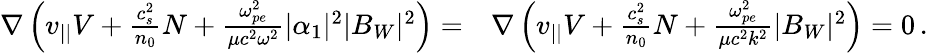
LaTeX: \begin{array}{rl}{\nabla\left(v_{||}V+\frac{c_{s}^{2}}{n_{0}}N+\frac{\omega_{pe}^{2}}{\mu c^{2}\omega^{2}}|\alpha_{1}|^{2}|B_{W}|^{2}\right)=}&{{}\nabla\left(v_{||}V+\frac{c_{s}^{2}}{n_{0}}N+\frac{\omega_{pe}^{2}}{\mu c^{2}k^{2}}|B_{W}|^{2}\right)=0\, .}\end{array}